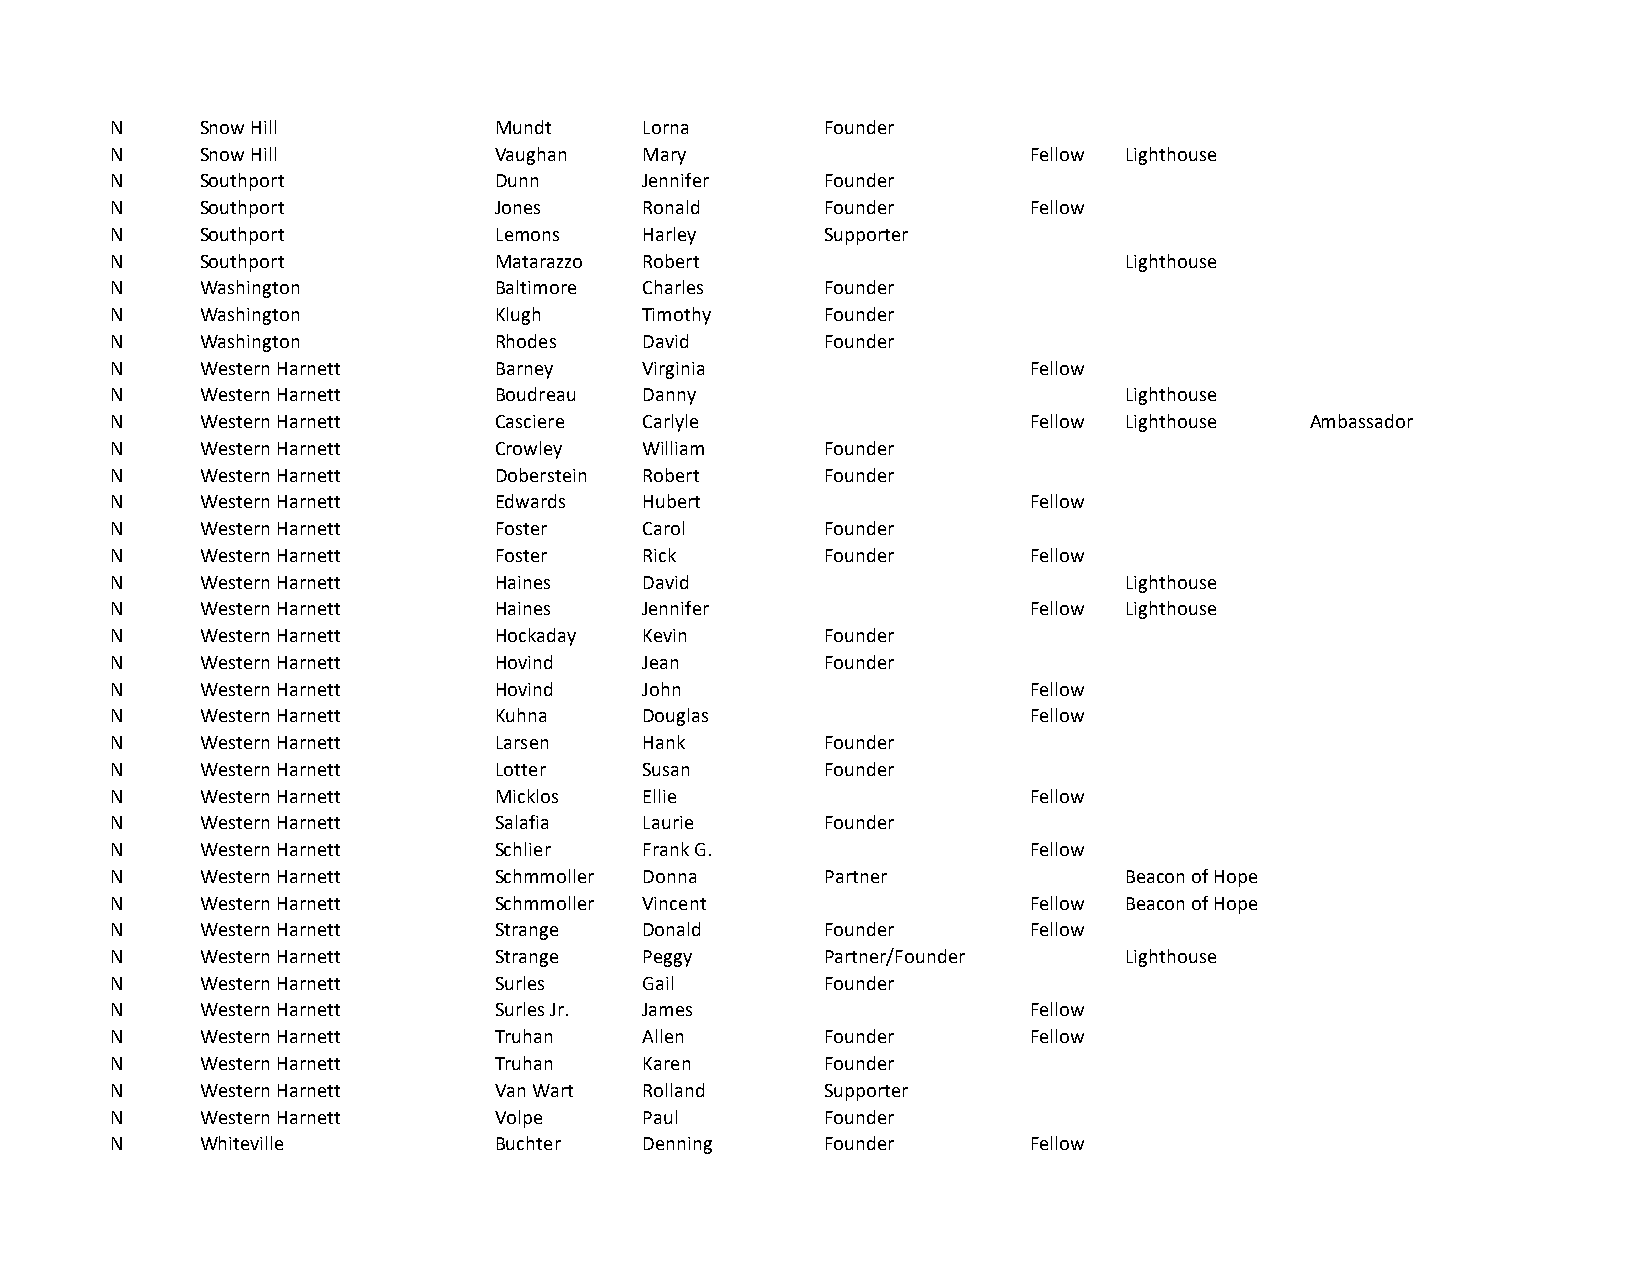
N     Snow Hill           Mundt     Lorna       Founder
 N     Snow Hill           Vaughan   Mary                     Fellow Lighthouse
 N     Southport           Dunn      Jennifer    Founder
 N     Southport           Jones     Ronald      Founder      Fellow
 N     Southport           Lemons    Harley      Supporter
 N     Southport           Matarazzo Robert                         Lighthouse
 N     Washington          Baltimore Charles     Founder
 N     Washington          Klugh     Timothy     Founder
 N     Washington          Rhodes    David       Founder
 N     Western Harnett     Barney    Virginia                 Fellow
 N     Western Harnett     Boudreau  Danny                          Lighthouse
 N     Western Harnett     Casciere  Carlyle                  Fellow Lighthouse  Ambassador
 N     Western Harnett     Crowley   William     Founder
 N     Western Harnett     Doberstein Robert     Founder
 N     Western Harnett     Edwards   Hubert                   Fellow
 N     Western Harnett     Foster    Carol       Founder
 N     Western Harnett     Foster    Rick        Founder      Fellow
 N     Western Harnett     Haines    David                          Lighthouse
 N     Western Harnett     Haines    Jennifer                 Fellow Lighthouse
 N     Western Harnett     Hockaday  Kevin       Founder
 N     Western Harnett     Hovind    Jean        Founder
 N     Western Harnett     Hovind    John                     Fellow
 N     Western Harnett     Kuhna     Douglas                  Fellow
 N     Western Harnett     Larsen    Hank        Founder
 N     Western Harnett     Lotter    Susan       Founder
 N     Western Harnett     Micklos   Ellie                    Fellow
 N     Western Harnett     Salafia   Laurie      Founder
 N     Western Harnett     Schlier   Frank G.                 Fellow
 N     Western Harnett     Schmmoller Donna      Partner            Beacon of Hope
 N     Western Harnett     Schmmoller Vincent                 Fellow Beacon of Hope
 N     Western Harnett     Strange   Donald      Founder      Fellow
 N     Western Harnett     Strange   Peggy       Partner/Founder    Lighthouse
 N     Western Harnett     Surles    Gail        Founder
 N     Western Harnett     Surles Jr. James                   Fellow
 N     Western Harnett     Truhan    Allen       Founder      Fellow
 N     Western Harnett     Truhan    Karen       Founder
 N     Western Harnett     Van Wart  Rolland     Supporter
 N     Western Harnett     Volpe     Paul        Founder
 N     Whiteville          Buchter   Denning     Founder      Fellow